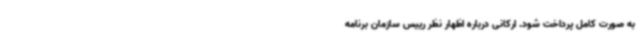
به صورت کامل پرداخت شود. ارکانی درباره اظهار نظر رییس سازمان برنامه